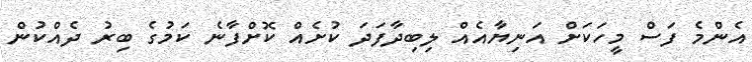
އެންމެ ފަސް މީހަކަށް އަނިޔާއެއް ލިބިދާފަދަ ކުށެއް ކޮށްފާނެ ކަމުގެ ބިރު ދެއްކުން